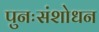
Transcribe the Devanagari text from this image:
पुनःसंशोधन